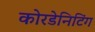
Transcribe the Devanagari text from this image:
कोरडेनिटिंग